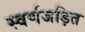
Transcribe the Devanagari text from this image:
स्वर्णजड़ित